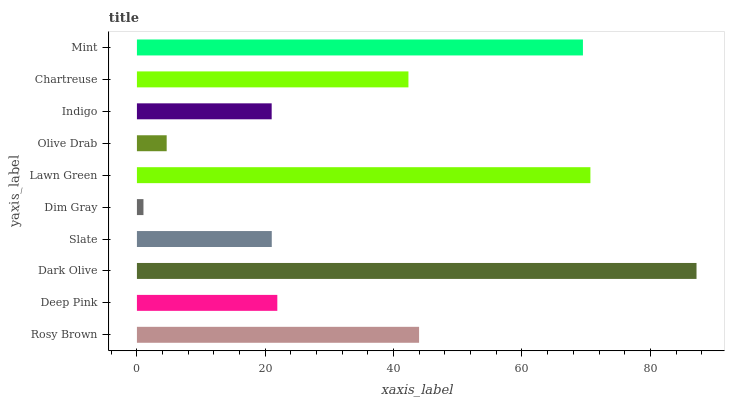
| yaxis_label | bars |
 | --- | --- |
 | Rosy Brown | 44 |
 | Deep Pink | 21.9 |
 | Dark Olive | 87.2 |
 | Slate | 21 |
 | Dim Gray | 1.02 |
 | Lawn Green | 70.7 |
 | Olive Drab | 4.64 |
 | Indigo | 21 |
 | Chartreuse | 42.3 |
 | Mint | 69.5 |